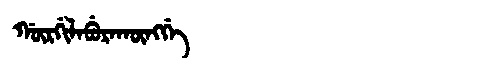
Manchu: ᡤᡡᡵᡤᡳᠯᠠᠪᡠᡵᠠᡴᡡᠩᡤᡝ
Romanization: GŪRGILABURAKŪNGGE